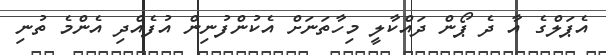
އެޕަލްގެ އާ ދެ ޕޯން ދައްކާލީ މިހާތަނަށް އެކުންފުނިން އުފެއްދި އެންމެ ތުނި